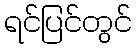
ရင်ပြင်တွင်